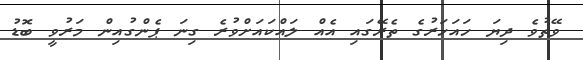
ވޭތުވެ ދިޔަ ހައަހަރުގެ ތެރޭގައި އެއް ލައްކައަށްވުރެ ގިނަ ޕެންގުއިން މަރުވީ ބޮޑު